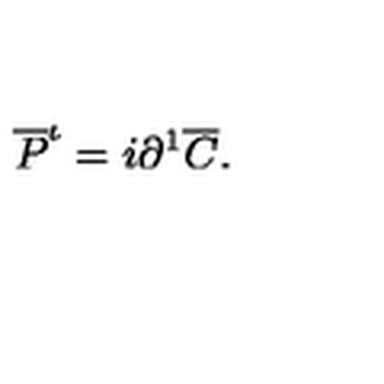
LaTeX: \overline { P } ^ { \iota } = i \partial ^ { 1 } \overline { C } .